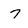
Character: 7